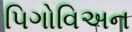
પિગોવિઅન